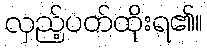
လှည့်ပတ်ထိုးရ၏။